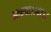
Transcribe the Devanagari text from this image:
आठवा।।४७।।